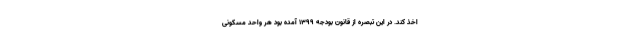
اخذ کند. در این تبصره از قانون بودجه ۱۳۹۹ آمده بود هر واحد مسکونی